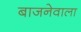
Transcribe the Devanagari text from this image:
बाजनेवाला